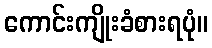
ကောင်းကျိုးခံစားရပုံ။